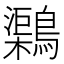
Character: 𪆂